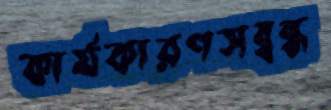
কার্যকারণসম্বন্ধ